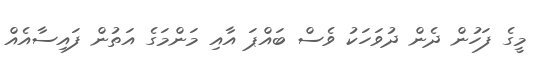
މީގެ ފަހުން ދެން ދުވަހަކު ވެސް ބައްޕަ އާއި މަންމަގެ އަތުން ފައިސާއެއް